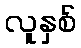
လူနှစ်